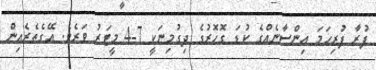
ފުރާ ފުރިހަމަ އިންސާނެއްގެ ކުޑަ ގޮހޮރުގެ ދިގުމިނަކީ 7-4 މީޓަރު ވަރެވެ. އޭގެތެރެއިން